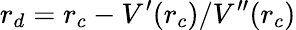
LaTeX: r_{d}=r_{c}-V^{\prime}(r_{c})/V^{\prime\prime}(r_{c})